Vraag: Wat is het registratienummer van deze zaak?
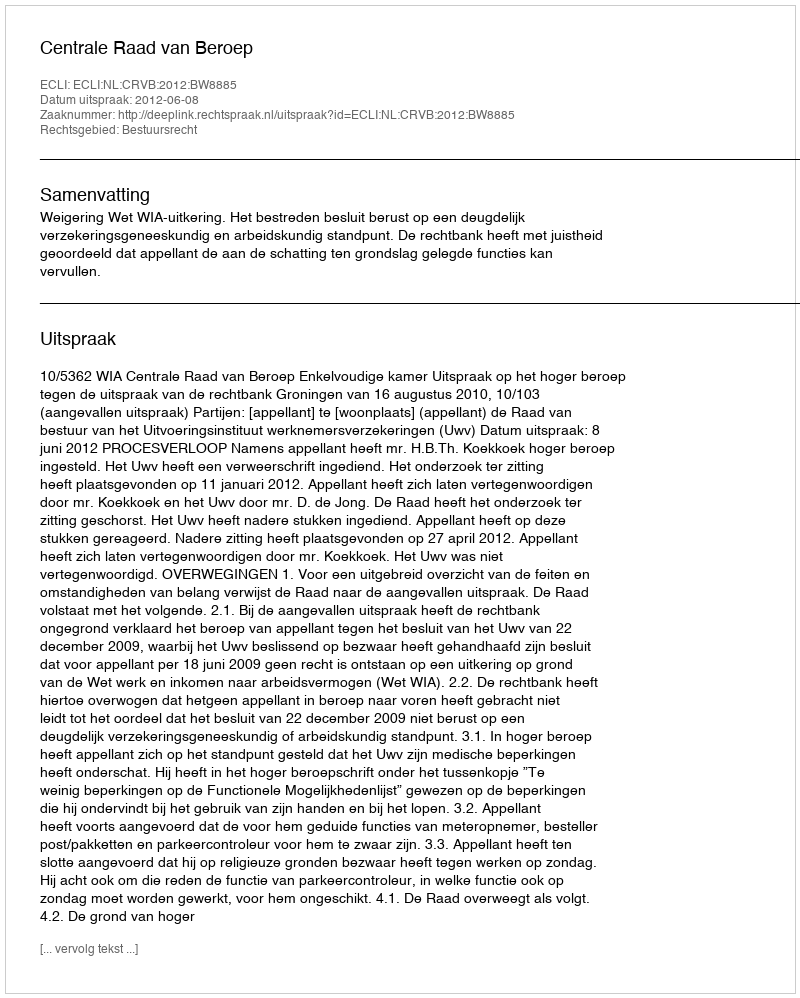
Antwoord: http://deeplink.rechtspraak.nl/uitspraak?id=ECLI:NL:CRVB:2012:BW8885